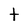
Character: t